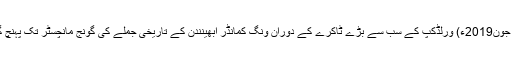
16 جون2019ء) ورلڈکپ کے سب سے بڑے ٹاکرے کے دوران ونگ کمانڈر ابھینندن کے تاریخی جملے کی گونج مانچسٹر تک پہنچ گئی۔